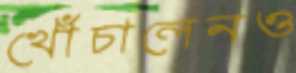
খোঁচালেনও